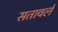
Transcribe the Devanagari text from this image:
सतावले